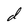
Character: d